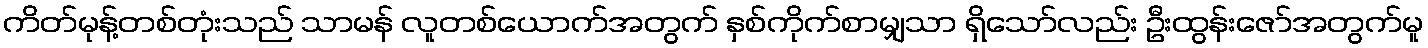
ကိတ်မုန့်တစ်တုံးသည် သာမန် လူတစ်ယောက်အတွက် နှစ်ကိုက်စာမျှသာ ရှိသော်လည်း ဦးထွန်းဇော်အတွက်မူ